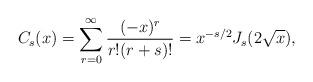
LaTeX: \begin{align*}C_{s}(x) = \sum_{r=0}^{\infty}\frac{(-x)^{r}}{r! (r + s)!} = x^{-s/2} J_{s}(2\sqrt{x}),\end{align*}